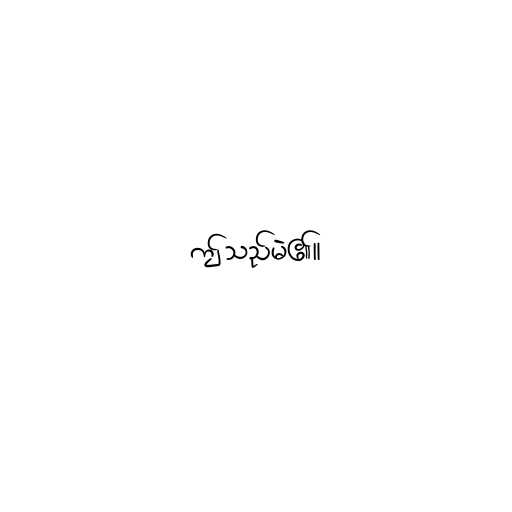
ဤသည်မဲ၏။